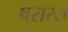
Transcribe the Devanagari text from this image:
षरारत